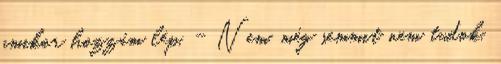
amikor hozzám lép. - Nem, még semmit nem tudok,